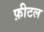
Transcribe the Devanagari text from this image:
फ़ीटल